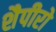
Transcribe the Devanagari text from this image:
शैपीरो